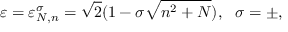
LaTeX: \varepsilon = \varepsilon _ { N , n } ^ { \sigma } = \sqrt { 2 } ( 1 - \sigma \sqrt { n ^ { 2 } + N } ) , ~ ~ \sigma = \pm ,